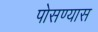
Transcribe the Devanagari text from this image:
पोसण्यास